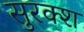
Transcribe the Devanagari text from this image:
सुरक्श